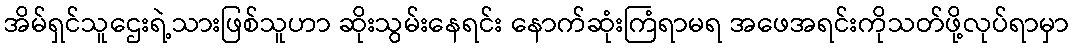
အိမ်ရှင်သူဌေးရဲ့သားဖြစ်သူဟာ ဆိုးသွမ်းနေရင်း နောက်ဆုံးကြံရာမရ အဖေအရင်းကိုသတ်ဖို့လုပ်ရာမှာ